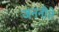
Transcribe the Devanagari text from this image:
जननीते